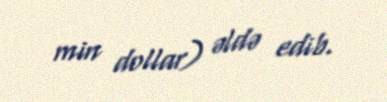
min dollar) əldə edib.